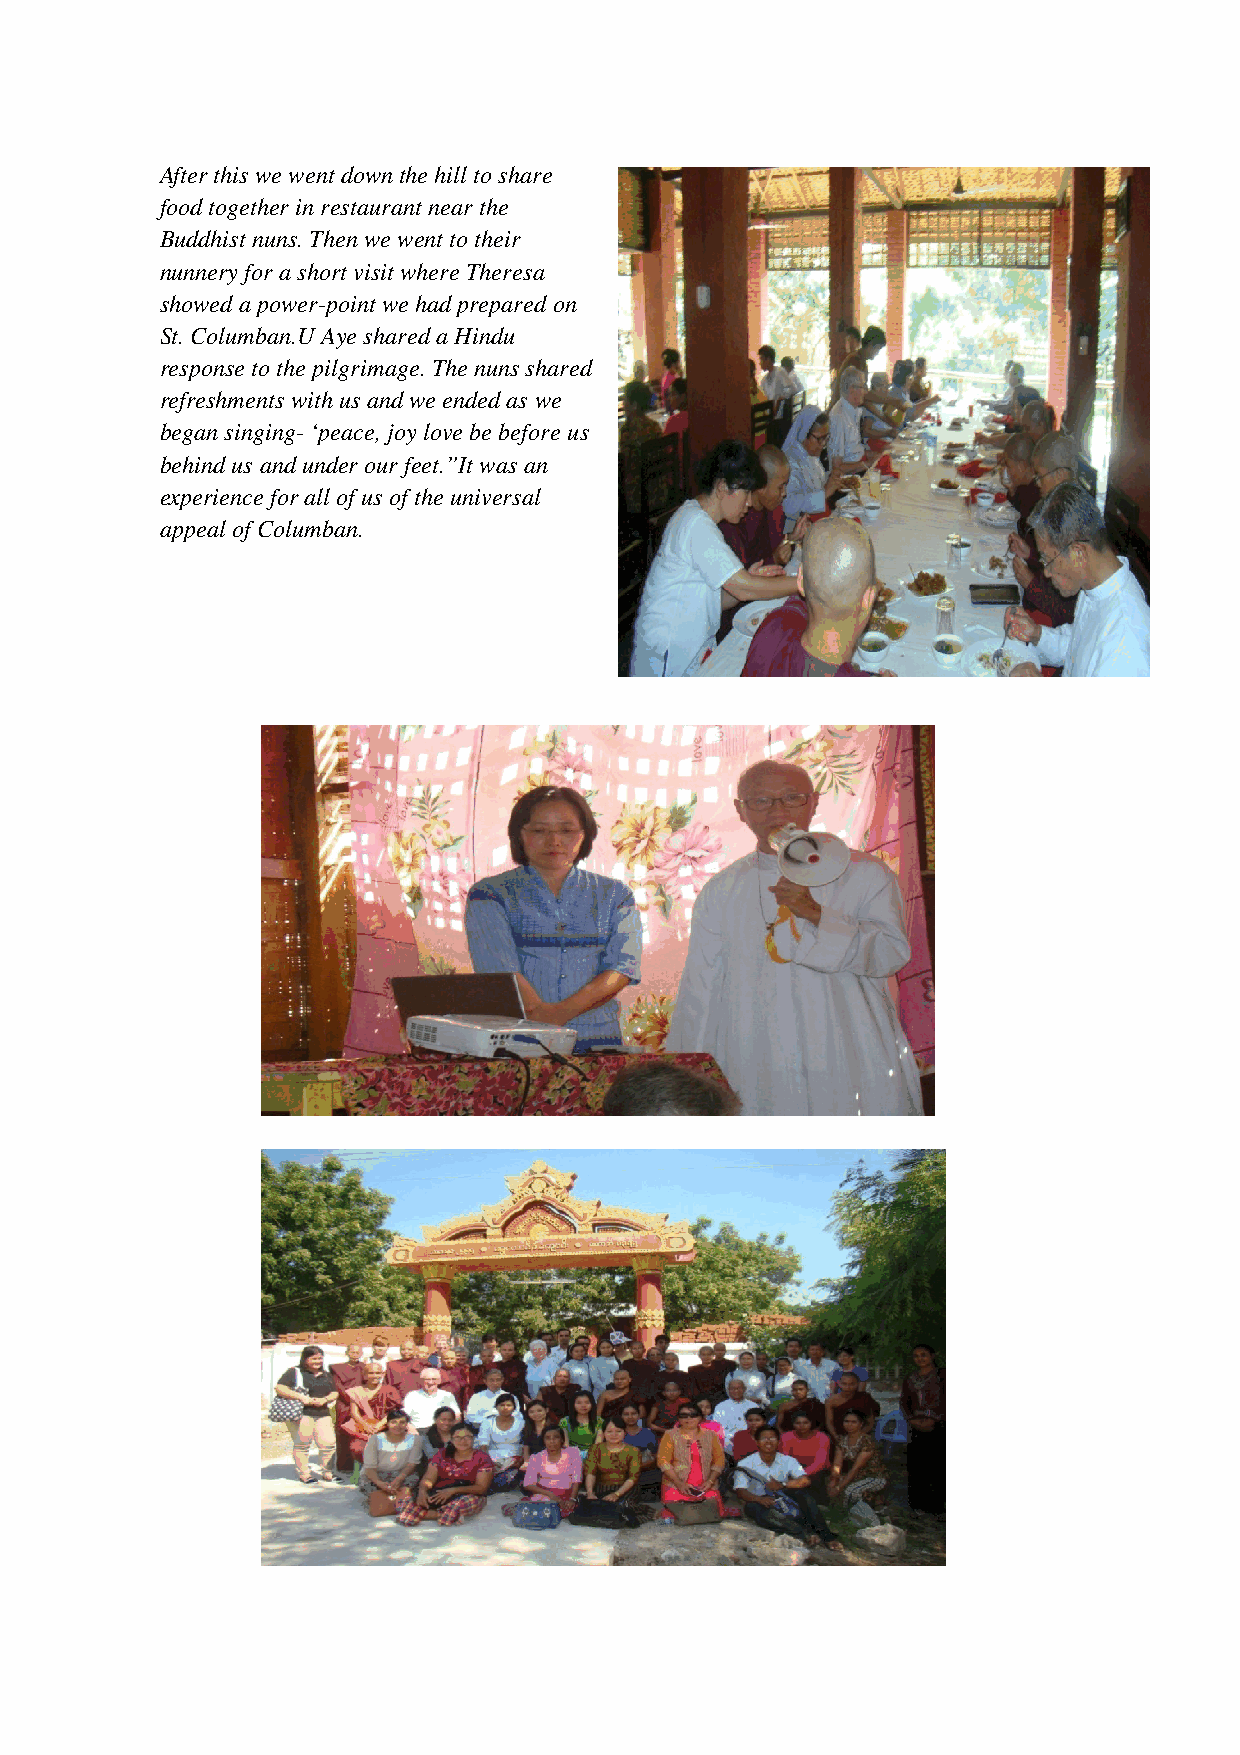
After this we went down the hill to share
 food together in restaurant near the
 Buddhist nuns. Then we went to their
 nunnery for a short visit where Theresa
 showed a power-point we had prepared on
 St. Columban.U Aye shared a Hindu
 response to the pilgrimage. The nuns shared
 refreshments with us and we ended as we
 began singing- ‘peace, joy love be before us
 behind us and under our feet.”It was an
 experience for all of us of the universal
 appeal of Columban.